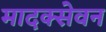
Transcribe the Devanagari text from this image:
मादक्सेवन